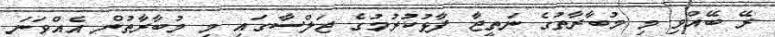
ރޭ ބޭއްވި މި މުބާރާތުގެ ނަތީޖާ ފާޅުކުރުމުގެ ޖަލްސާގައި މި މުބާރާތުން އެއްވަނަ